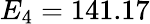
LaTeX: E_{4}=141.17